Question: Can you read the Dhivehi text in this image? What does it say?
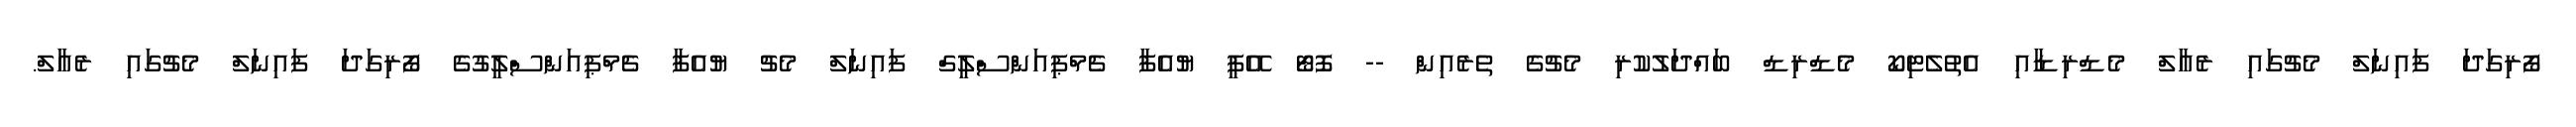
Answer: ފޯރިގަދަ ފައިނަލް މެޗުގައި ރެއާލް މެޑްރިޑާއި އެތުލެޓިކޯ މެޑްރިޑް ބައްދަލުކުރި މެޗުގެ ތެރެއިން -- ފޮޓޯ އޭޕީ ޔުއެފާ ޗެމްޕިއަންސްލީގް ފައިނަލް މެޗު ޔުއެފާ ޗެމްޕިއަންސްލީގުގެ ފޯރިގަދަ ފައިނަލް މެޗުގައި ރެއާލް.